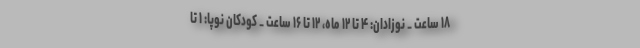
۱۸ ساعت _ نوزادان: ۴ تا ۱۲ ماه، ۱۲ تا ۱۶ ساعت _ کودکان نوپا: ۱ تا